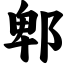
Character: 郫